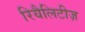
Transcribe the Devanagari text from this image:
रियैलिटीज़